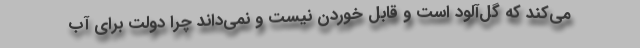
می‌کند که گل‌آلود است و قابل خوردن نیست و نمی‌داند چرا دولت برای آب